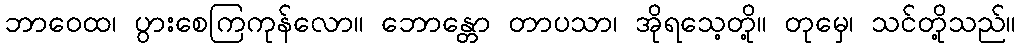
ဘာဝေထ၊ ပွားစေကြကုန်လော။ ဘောန္တော တာပသာ၊ အိုရသေ့တို့။ တုမှေ၊ သင်တို့သည်။